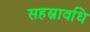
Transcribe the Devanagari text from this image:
सहस्रावधि